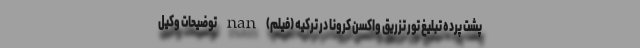
پشت پرده تبلیغ تور تزریق واکسن کرونا در ترکیه (فیلم) nan توضیحات وکیل